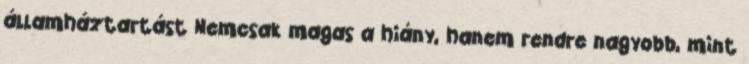
államháztartást Nemcsak magas a hiány, hanem rendre nagyobb, mint